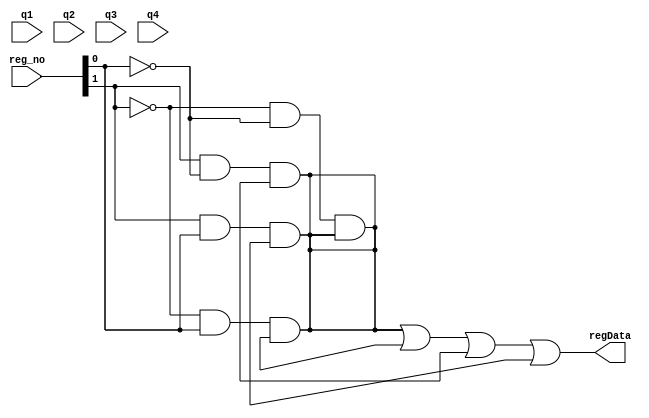
module mux4_1(regData,q1,q2,q3,q4,reg_no);
 input [31:0] q1,q2,q3,q4;
 output [31:0] regData;
 input [1:0] reg_no;
 wire [31:0] temp1,temp2,temp3,temp4;
 and(temp1,~reg_no[1],~reg_no[0],temp1);
  and(temp1,~reg_no[1],reg_no[0],temp2);
 and(temp1,reg_no[1],~reg_no[0],temp3);
 and(temp1,reg_no[1],reg_no[0],temp4);
 or(regData,temp1,temp2,temp3,temp4);
endmodule